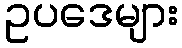
ဥပဒေများ